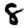
Digit: 8